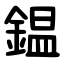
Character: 鎾